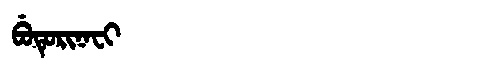
Manchu: ᠪᡠᡨᡠᡵᡳᠨᠠᠸᡳ
Romanization: BUTURINAFI